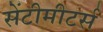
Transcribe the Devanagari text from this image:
सेंटीमीटर्स